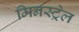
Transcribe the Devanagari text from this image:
मिनस्ट्रेल